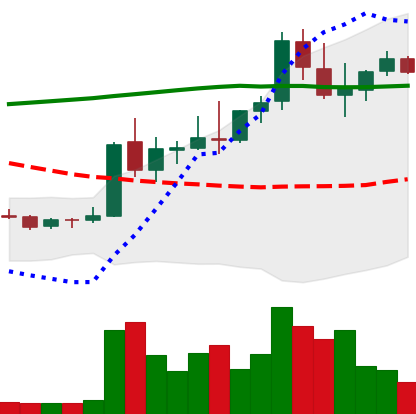
Ticker: DOGE-USD
Chart end date: 2021-08-21
Forward return: -15.116%
Label: down_7plus